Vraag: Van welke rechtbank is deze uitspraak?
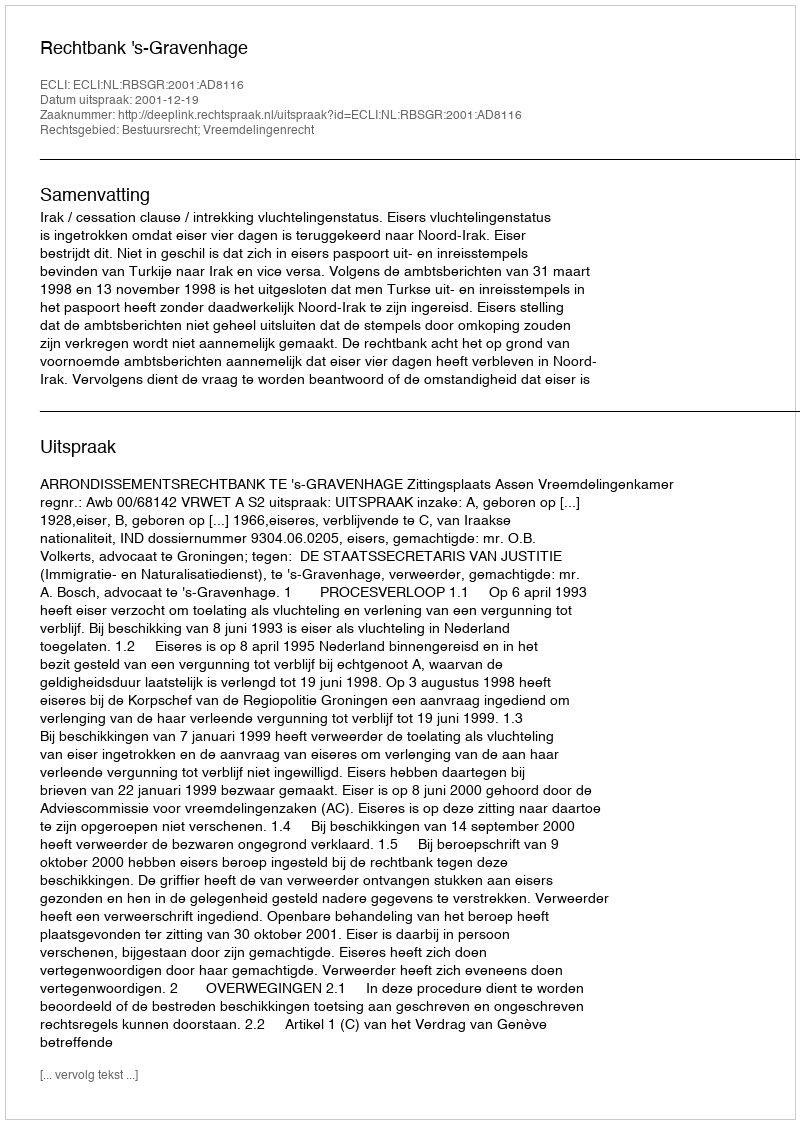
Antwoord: Rechtbank 's-Gravenhage